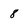
Character: 8